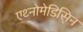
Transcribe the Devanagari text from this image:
एथ्नोमेडिसिन